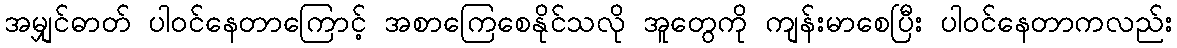
အမျှင်ဓာတ် ပါဝင်နေတာကြောင့် အစာကြေစေနိုင်သလို အူတွေကို ကျန်းမာစေပြီး ပါဝင်နေတာကလည်း